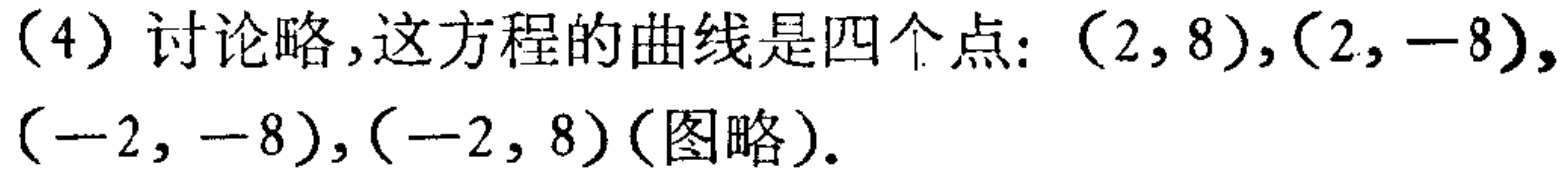
(4) 讨论略,这方程的曲线是四个点:$(2,8),(2, - 8),(-2,-8),(-2,8)$(图略).